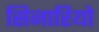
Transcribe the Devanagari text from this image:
सिनारियो